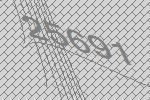
25691